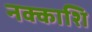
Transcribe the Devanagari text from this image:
नक्काशि